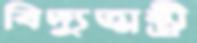
বিদ্যুত্মন্ত্রী